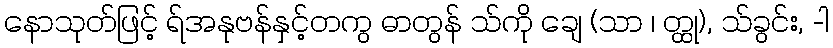
နောသုတ်ဖြင့် ရ်အနုဗန်နှင့်တကွ ဓာတွန် သ်ကို ချေ (သာ ၊ တ္ထု), သ်ခွင်း, -ါ